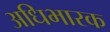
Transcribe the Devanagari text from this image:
अधिभारक